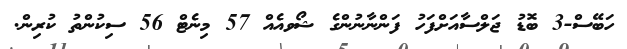
ހަބޭސް-3 ބޮޑު ޖަލްސާއަށްފަހު ފަންނާނުންގެ ޝޯވއެއް 57 މިނެޓް 56 ސިކުންތު ކުރިން.